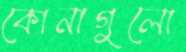
কোনাগুলো